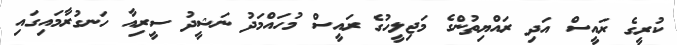
ކުރީގެ ރައީސް އަދި ރައްޔިތުންގެ މަޖިލީހުގެ ރައީސް މުހައްމަދު ނަޝީދު ސީރިއާ ހަނގުރާމައިގައި